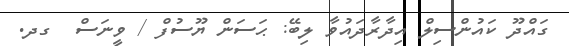
ގައްދޫ ކައުންސިލް އިދާރާދައުވާ ލިބޭ: ޙަސަން ޔޫސުފް / ވީނަސް  ގދ.